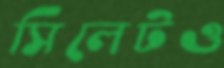
সিলেটও